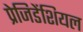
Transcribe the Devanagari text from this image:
प्रेजिडेंशियल